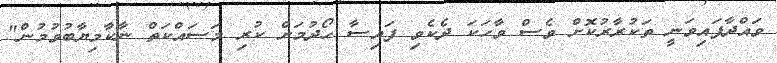
ވައްދާފައިވަނީ ތަކުރާރުކޮށް ވެސް ވާހަކަ ދެކެވި ފައިސާ ހޯދުމަށް ކުރި މަސައްކަތް ނާކާމިޔާބުވުމުން"